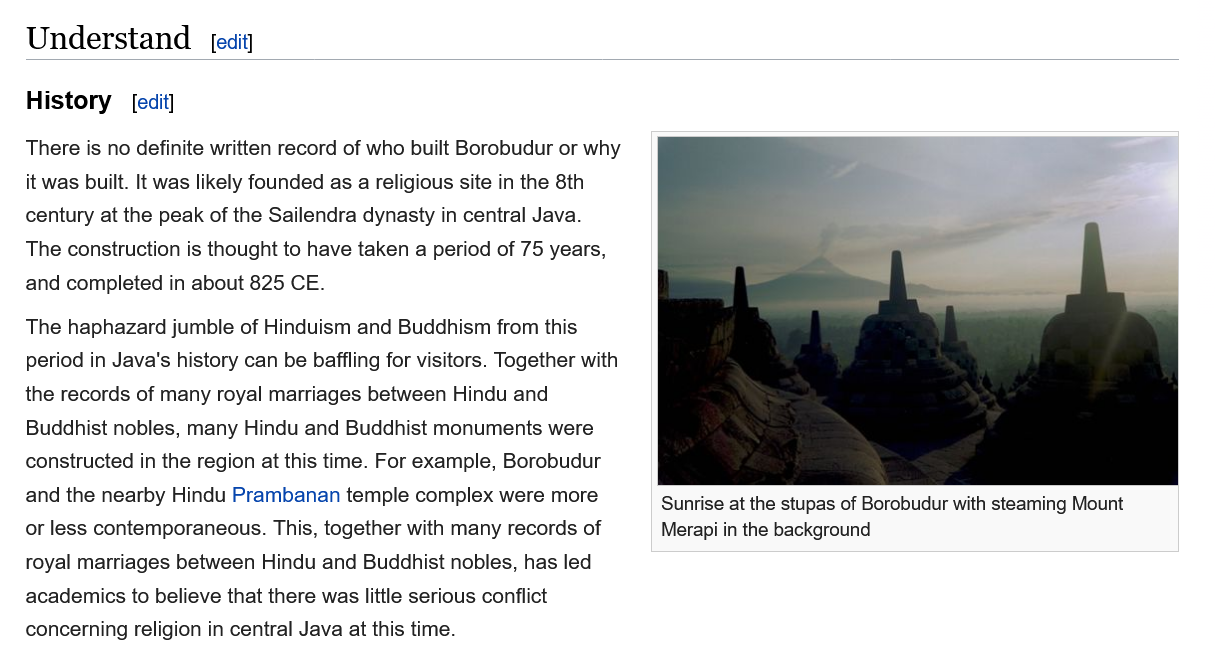
Understand    [edit]
   History
   There is no definite written record of who built Borobudur or why
   it was built. It was likely founded as a religious site in the 8th
   century at the peak of the Sailendra dynasty in central Java.
   The construction is thought to have taken a period of 75 years,
   and completed in about 825 CE.
   The haphazard jumble of Hinduism and Buddhism from this
   period in Java's history can be baffling for visitors. Together with
   the records of many royal marriages between Hindu and
   Buddhist nobles, many Hindu and Buddhist monuments were
   constructed in the region at this time. For example, Borobudur
   and the nearby Hindu Prambanan  temple complex were more
   or less contemporaneous. This, together with many records of
   royal marriages between Hindu and Buddhist nobles, has led
   academics to believe that there was little serious conflict
   concerning religion in central Java at this time.
     Sunrise at the stupas of Borobudur with steaming Mount
     Merapi in the background